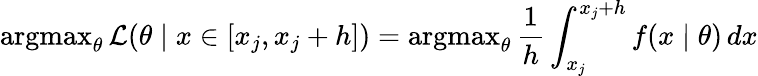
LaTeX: \operatorname{argmax}_{\theta}{\mathcal{L}}(\theta\mid x\in[x_{j},x_{j}+h])=\operatorname{argmax}_{\theta}{\frac{1}{h}}\int_{x_{j}}^{x_{j}+h}f(x\mid\theta)\, dx